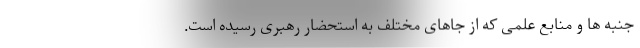
جنبه ها و منابع علمی که از جاهای مختلف به استحضار رهبری رسیده است.